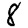
Digit: 8